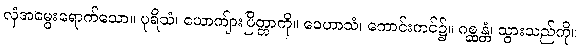
လှံအမွေးရောက်သော။ ပုရိသံ၊ ယောကျ်ားပြိတ္တာကို။ ဝေဟာသံ၊ ကောင်းကင်၌။ ဂစ္ဆန္တံ၊ သွားသည်ကို။